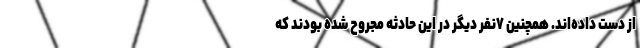
از دست داده‌اند. همچنین ۷نفر دیگر در این حادثه مجروح شده بودند که